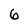
Character: 6